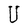
Character: U